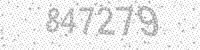
Solution: 847279